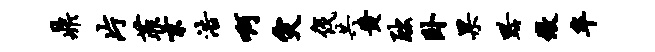
鼎片菲京浩啊灾伐共黄黜卧果黔做卒